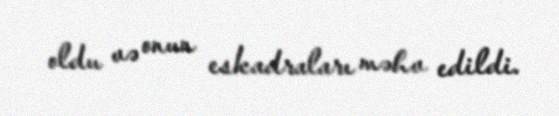
oldu və onun eskadraları məhv edildi.